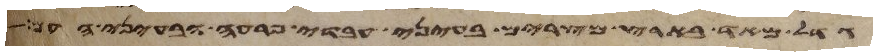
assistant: גדל מאד בארץ מצרים בעיני עבדי פרעה ובעיני העם